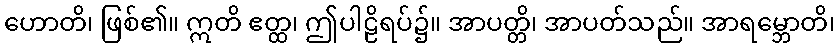
ဟောတိ၊ ဖြစ်၏။ ဣတိ ဧတ္ထ၊ ဤပါဠိရပ်၌။ အာပတ္တိ၊ အာပတ်သည်။ အာရမ္ဘောတိ၊